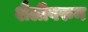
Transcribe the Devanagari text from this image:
शैलीवरुन